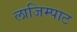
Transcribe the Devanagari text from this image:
लाजिम्पाट